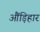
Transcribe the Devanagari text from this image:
औंड़िहार